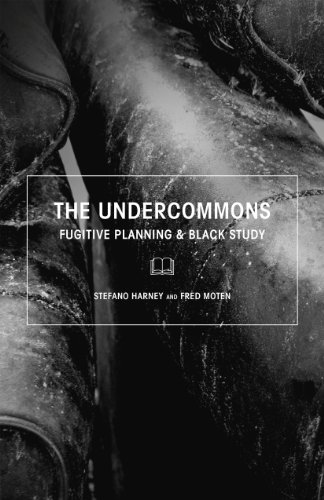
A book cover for The Undercommons: Fugitive Planning & Black Study; Stefano Harney; Biographies & Memoirs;